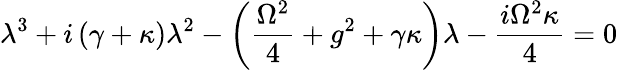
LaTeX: \lambda^{3}+i\left(\gamma+\kappa\right)\lambda^{2}-\left(\frac{\Omega^{2}}{4}+g^{2}+\gamma\kappa\right)\lambda-\frac{i\Omega^{2}\kappa}{4}=0